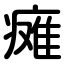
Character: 瘫